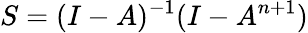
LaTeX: S=(I-A)^{-1}(I-A^{n+1})